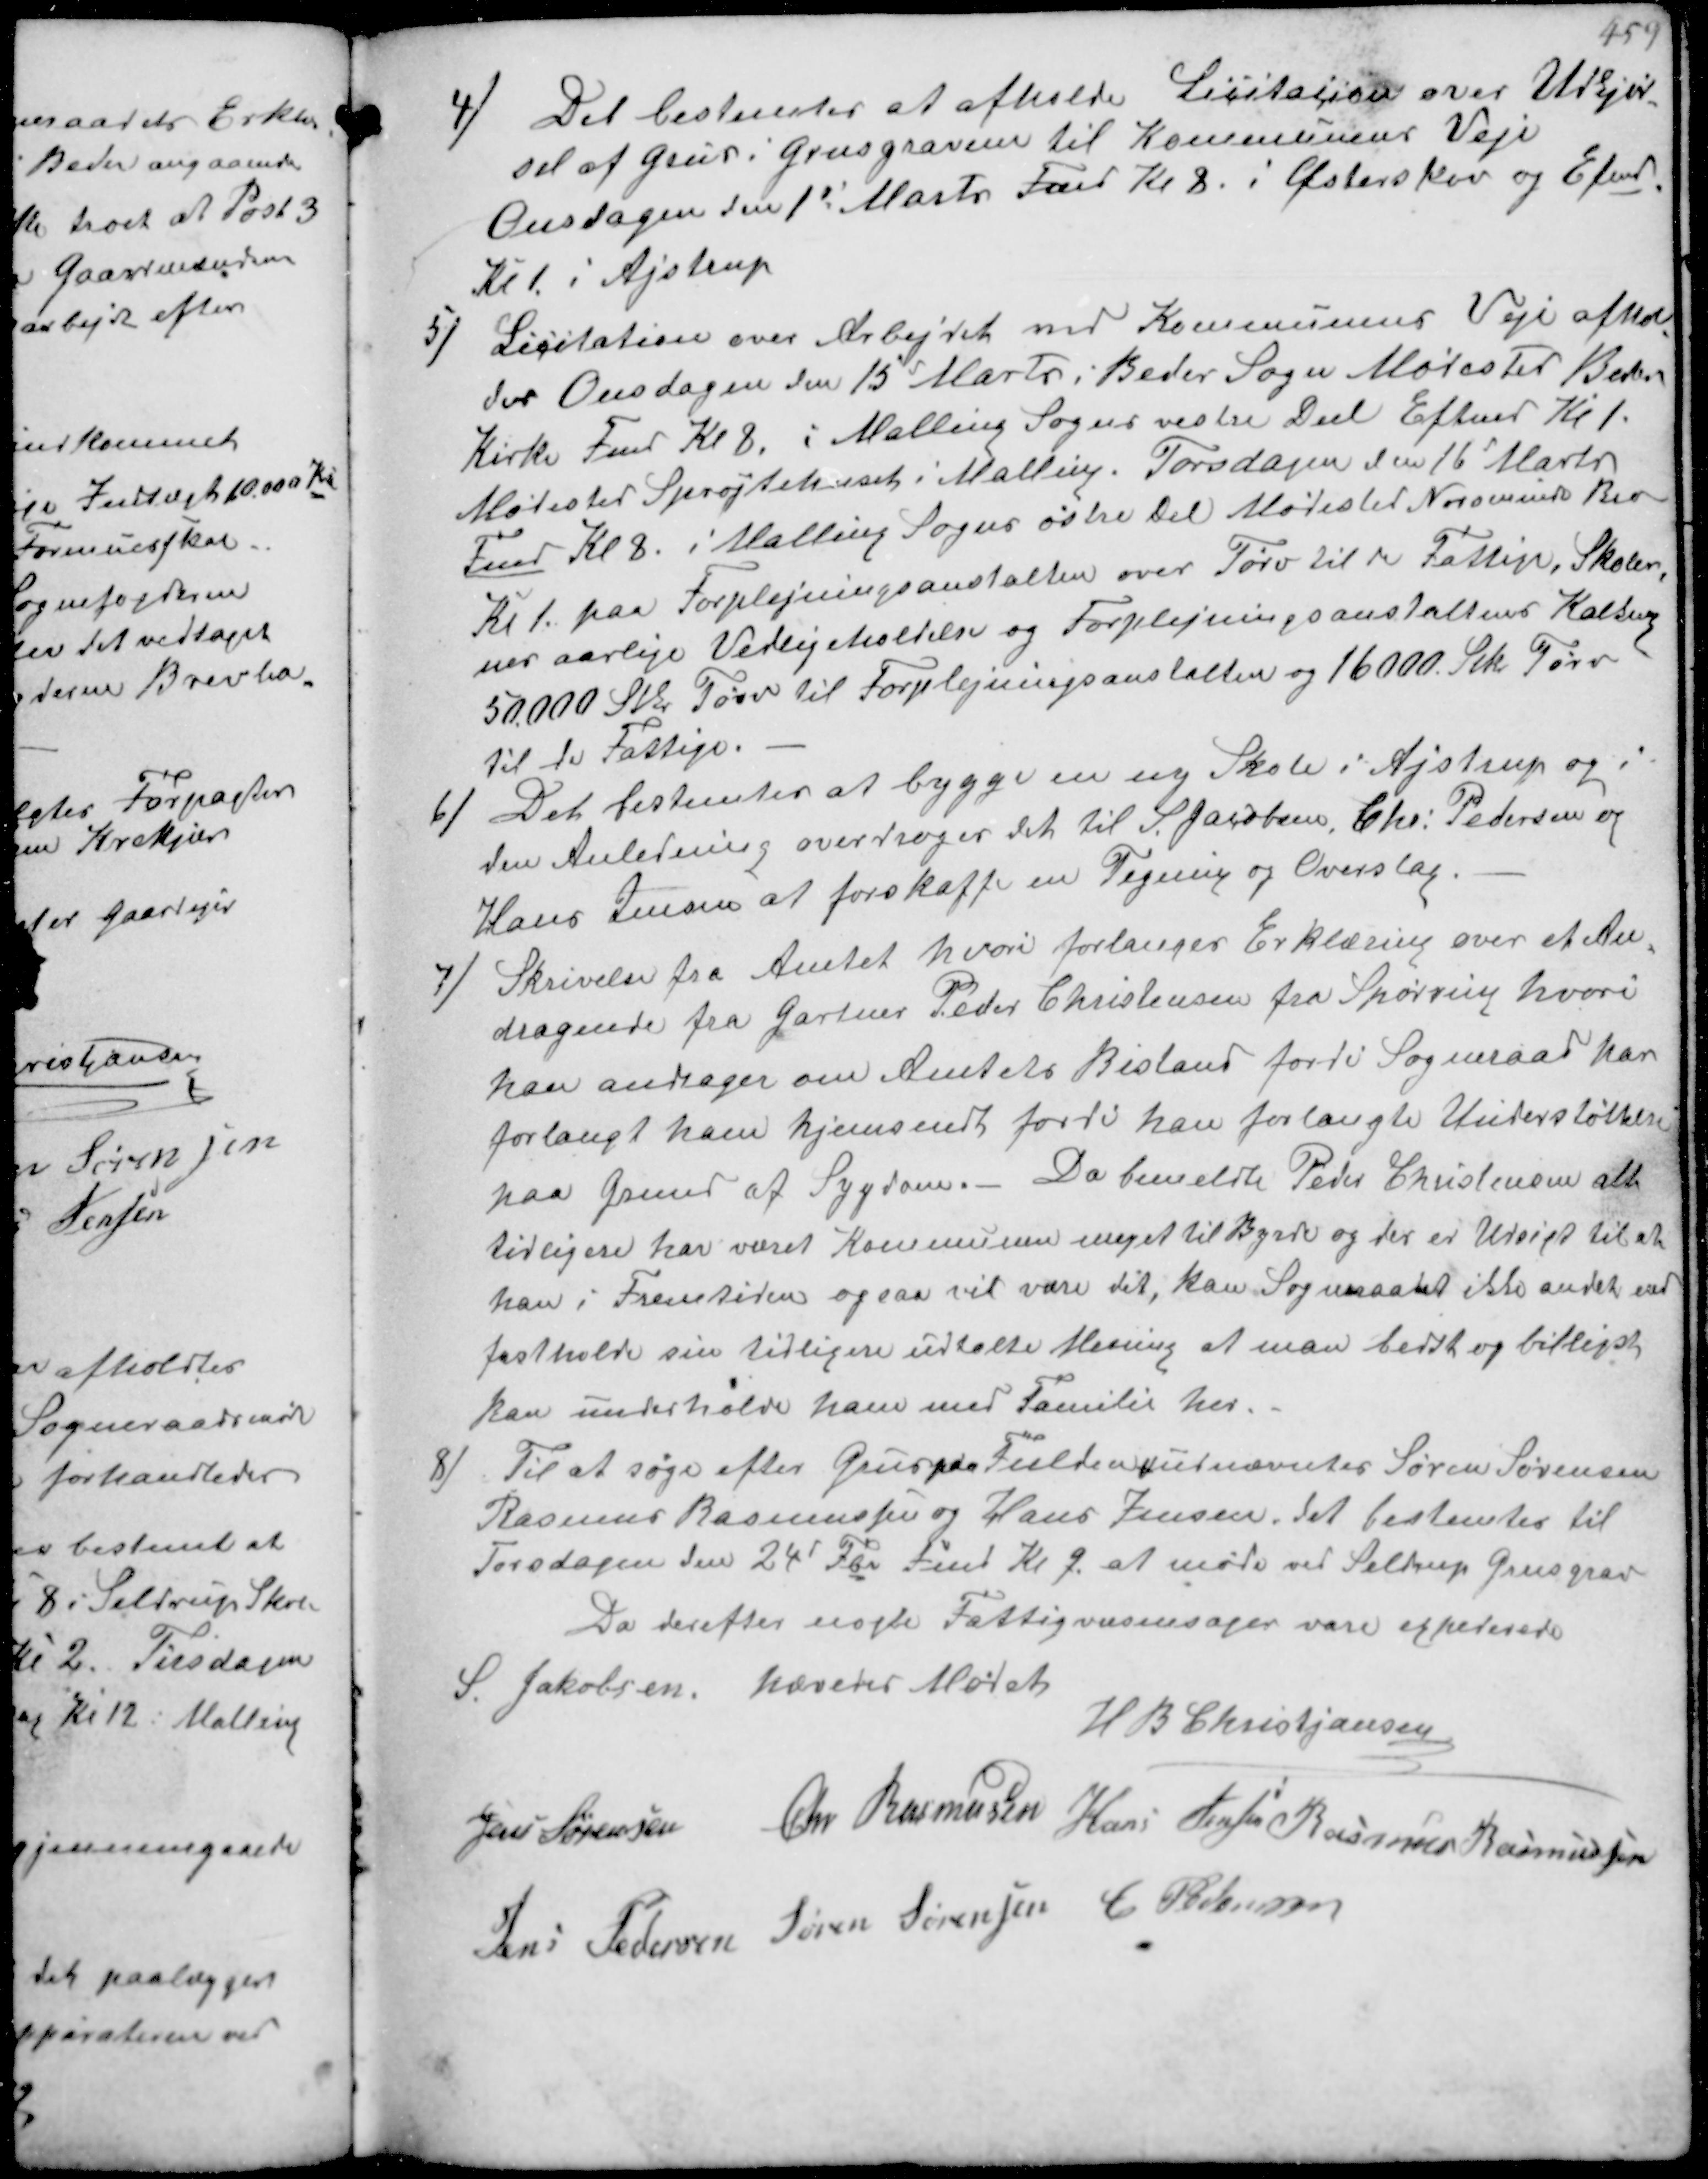
Transskription:
4/ Det bestemtes at afholde Licitasjon over Udkjør-
sel af Grus i Grusgraven til Kommunens Veje
Onsdagen den 1' Marts Fmd Kl 8. i Østerskov og Efmd
Kl 1. i Ajstrup

5/ Licitation over Arbejdet med Kommunens Veje afhol-
des Onsdagen den 15d Marts i Beder Sogn Mødested Beder
Kirke Fmd Kl 8. i Malling Sogns vestre Deel Eftmd Kl 1.
Mødested Sprøjtehuset i Malling. Torsdagen den 16d Marts
Fmd Kl 8. i Malling Sogns østre Del Mødested Norsminde Bro
Kl 1. paa Forplejningsanstalten over Tørv til de Fattige, Skoler-
ne aarlige Vedligeholdelse og Forplejningsanstaltens Kalkning
50000 Stk Tørv til Forplejningsanstalten og 16000 Stk Tørv
til de Fattige
6/ Det bestemtes at bygge en ny Skole i Ajstrup og
den Anledning overdroger det til S Jacobsen, Chr. Pedersen og
Hans Jensen at forskaffe en Tegning og Overslag
7/ Skrivelse fra Amtet hvori forlanges Erklæring over et An-
dragende fra Gartner Peder Christensen fra Spørring hvori
han andrager om Amtets Bistand fordi Sogneraad har
forlangt ham hjemsendt fordi han forlangte Understøttelse
paa Grund af Sygdom.- Da bemeldte Peder Christensen alt
tidligere har været Kommunen meget til Byrde og der er Udsigt til at
han i Fremtiden ogsaa vil være det, kan Sogneraadet ikke andet end
fastholde sin tidligere udtalte Mening at man bedst og billigst
kan underholde ham med Familie her.
8/ Til at søge efter Grus paa Fulden ₻ udnævntes Søren Sørensen
Rasmus Rasmussen og Hans Jensen. det bestemtes til
Torsdagen den 24' Fbr Fmd Kl 9 at møde ved Seldrup Grusgrav
Da derefter nogle Fattigvæsensager vare expederede
hævedes Mødet
S. Jakobsen
H B Christjansen
Jens Sørensen Chr. Rasmussen Hars Jensen Rasmus Rasmussen
Jens Pedersen Søren Sørensen C Pedersen